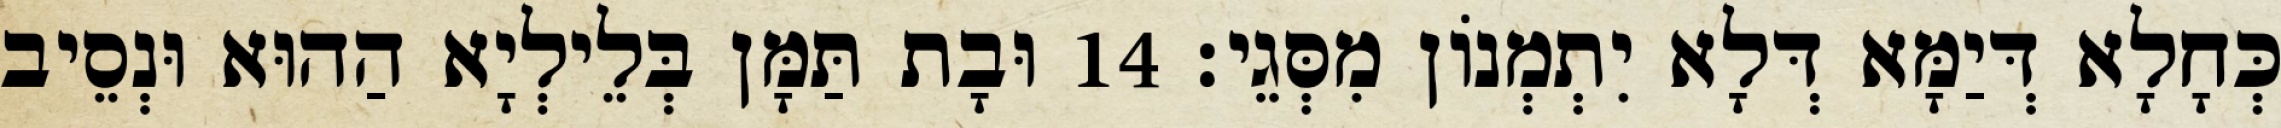
כְּחָלָא דְּיַמָּא דְּלָא יִתְמְנוֹן מִסְּגֵי׃ 14 וּבָת תַּמָּן בְּלֵילְיָא הַהוּא וּנְסֵיב